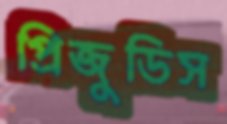
প্রিজুডিস